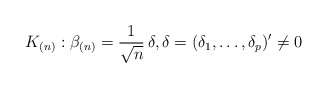
\begin{align*}K_{(n)}: \beta_{(n)} = \frac{1}{\sqrt{n}}\, \delta, \delta = (\delta_1, \ldots, \delta_p)'\ne 0\end{align*}